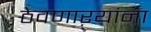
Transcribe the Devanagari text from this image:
ठेवणाऱ्यांना